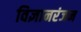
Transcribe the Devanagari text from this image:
विज्ञानरंजन